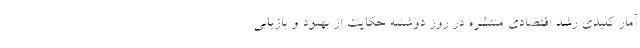
آمار کلیدی رشد اقتصادی منتشره در روز دوشنبه حکایت از بهبود و بازیابی